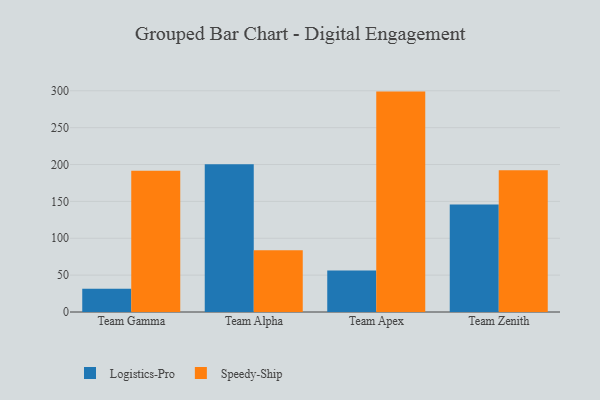
{"axis": {"x": "Team", "y": "Market Share (%)"}, "legend": ["Logistics-Pro", "Speedy-Ship"], "data": [{"x": "Team Gamma", "y": 31.4, "type": "Logistics-Pro"}, {"x": "Team Gamma", "y": 191.6, "type": "Speedy-Ship"}, {"x": "Team Alpha", "y": 200.3, "type": "Logistics-Pro"}, {"x": "Team Alpha", "y": 83.7, "type": "Speedy-Ship"}, {"x": "Team Apex", "y": 56.2, "type": "Logistics-Pro"}, {"x": "Team Apex", "y": 298.9, "type": "Speedy-Ship"}, {"x": "Team Zenith", "y": 145.9, "type": "Logistics-Pro"}, {"x": "Team Zenith", "y": 192.3, "type": "Speedy-Ship"}]}